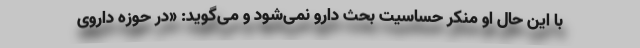
با این حال او منکر حساسیت بحث دارو نمی‌شود و می‌گوید: «در حوزه داروی